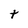
Character: t